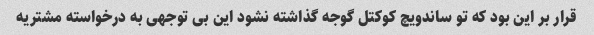
قرار بر این بود که تو ساندویچ کوکتل گوجه گذاشته نشود این بی توجهی به درخواسته مشتریه